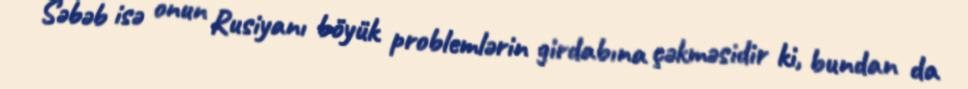
Səbəb isə onun Rusiyanı böyük problemlərin girdabına çəkməsidir ki, bundan da